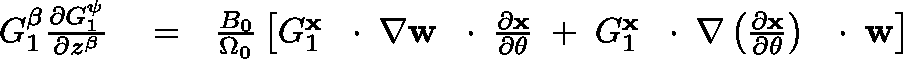
\begin{array} { r l r } { G _ { 1 } ^ { \beta } \frac { \partial G _ { 1 } ^ { \psi } } { \partial z ^ { \beta } } } & { { } = } & { \frac { B _ { 0 } } { \Omega _ { 0 } } \left[ G _ { 1 } ^ { \bf x } \, \mathrm { ~ \boldmath ~ \cdot ~ } \, \nabla { \bf w } \, \mathrm { ~ \boldmath ~ \cdot ~ } \, \frac { \partial \bf x } { \partial \theta } \; + \; G _ { 1 } ^ { \bf x } \, \mathrm { ~ \boldmath ~ \cdot ~ } \, \nabla \left( \frac { \partial \bf x } { \partial \theta } \right) \, \mathrm { ~ \boldmath ~ \cdot ~ } \, { \bf w } \right] } \end{array}